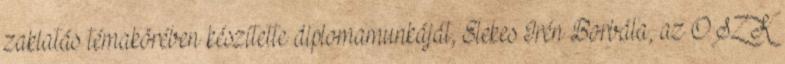
zaklatás témakörében készítette diplomamunkáját, Elekes Irén Borbála, az OSZK